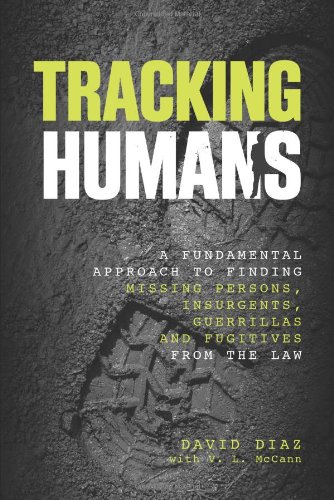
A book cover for Tracking Humans: A Fundamental Approach To Finding Missing Persons, Insurgents, Guerrillas, And Fugitives From The Law; David Diaz; Law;